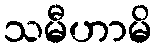
သမီဟာမိ